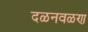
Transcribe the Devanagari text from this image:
दळनवळण